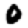
Digit: 0